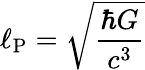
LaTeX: \ell_{\mathrm{P}}={\sqrt{\frac{\hbar G}{c^{3}}}}